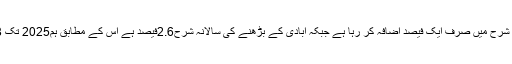
انہوں نے کہا کہ اس وقت ہمارا رسمی تعلیمی نظام خواندگی کی شرح میں صرف ایک فیصد اضافہ کر رہا ہے جبکہ آبادی کے بڑھنے کی سالانہ شرح2.6فیصد ہے اس کے مطابق ہم2025 تک 68 فیصد خواندگی کی شرح حاصل کرنے میں کامیاب ہوں گے۔